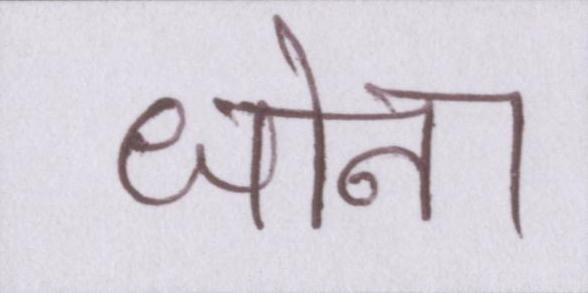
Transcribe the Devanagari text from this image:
धोना